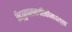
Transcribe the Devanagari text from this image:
विद्युतचलनगतिकीमधल्या